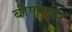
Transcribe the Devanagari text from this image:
बीणकार